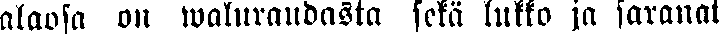
alaosa on waluraudasta sekä lukko ja saranat